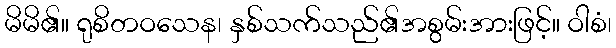
မိမိ၏။ ရုစိတဝသေန၊ နှစ်သက်သည်၏အစွမ်းအားဖြင့်။ ဝါစံ၊